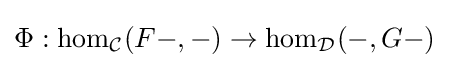
\Phi :\mathrm {hom} _{\mathcal {C}}(F-,-)\to \mathrm {hom} _{\mathcal {D}}(-,G-)